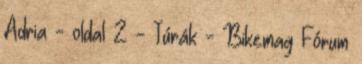
Adria - oldal 2 - Túrák - Bikemag Fórum